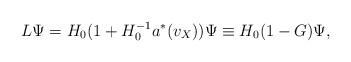
LaTeX: \begin{align*}L \Psi = H_0(1+H_0^{-1}a^*(v_X))\Psi \equiv H_0(1-G)\Psi,\end{align*}